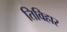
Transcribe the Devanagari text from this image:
तिविहार